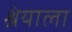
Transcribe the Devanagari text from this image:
श्रेयाला